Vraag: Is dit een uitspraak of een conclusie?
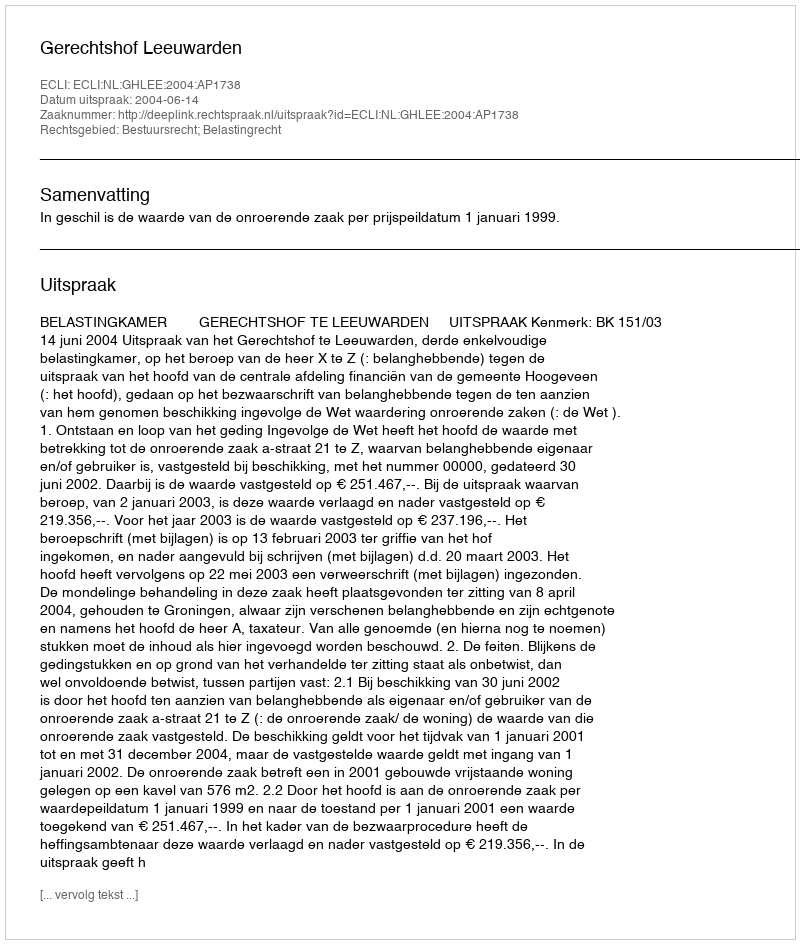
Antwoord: Uitspraak